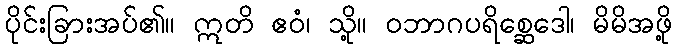
ပိုင်းခြားအပ်၏။ ဣတိ ဧဝံ၊ သို့။ ဝဘာဂပရိစ္ဆေဒေါ၊ မိမိအဖို့